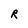
Character: R